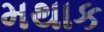
મથાક